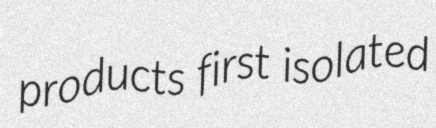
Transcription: products first isolated